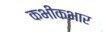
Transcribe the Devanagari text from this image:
कभीकभार